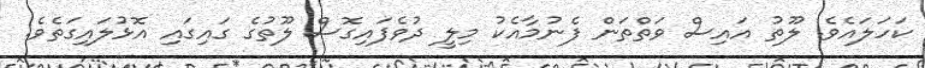
ކަހަލައެވެ. ލޫތު އައިސް ވަތްތަން ފެނުމާއެކު މިލީ ދުވެފައިގޮސް ލޫތުގެ ގައިގައި އޮޅުލައިގަތެވެ.